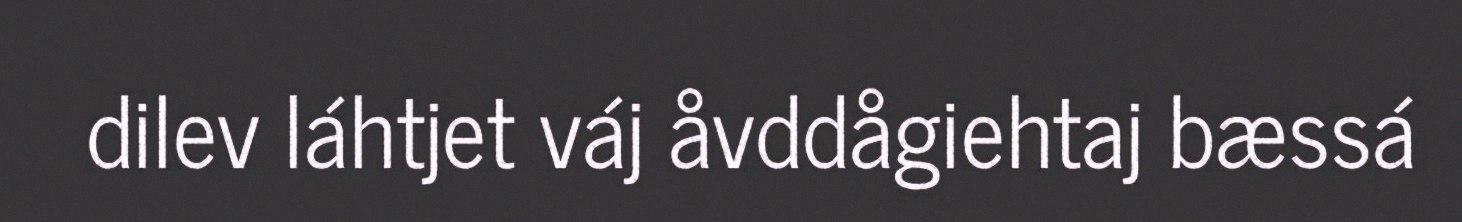
dilev láhtjet váj åvddågiehtaj bæssá